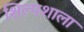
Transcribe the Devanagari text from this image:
शिल्पशाला